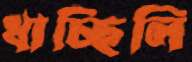
ধাচ্ছিলি